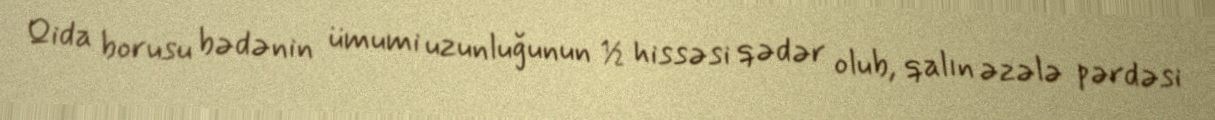
Qida borusu bədənin ümumi uzunluğunun ½ hissəsi qədər olub, qalın əzələ pərdəsi